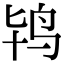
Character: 鸨